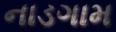
નાડગામ